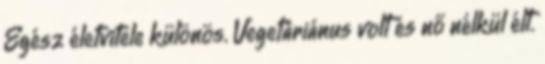
Egész életvitele különös. Vegetáriánus volt és nő nélkül élt.